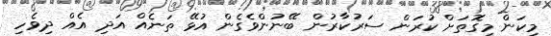
މިކަން މިގޮތަށް ކުރަން ސަރުކާރުން ބޭނުންވެގެން އުޅޭ ތަނެއް އަދި އެއް ދިވެހި